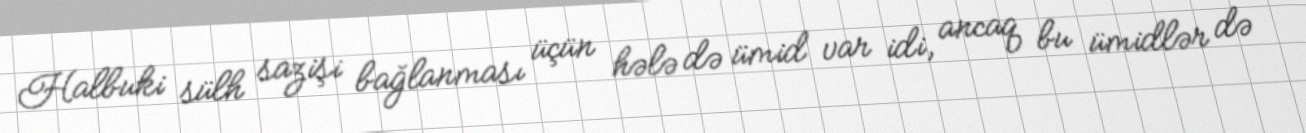
Halbuki sülh sazişi bağlanması üçün hələ də ümid var idi, ancaq bu ümidlər də